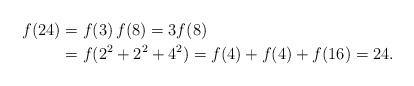
LaTeX: \begin{align*}f(24)&= f(3)\,f(8) = 3f(8) \\*&= f(2^2+2^2+4^2) = f(4)+f(4)+f(16) = 24.\end{align*}